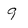
Character: 9